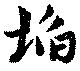
坎